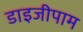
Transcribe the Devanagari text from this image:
डाइजीपाम